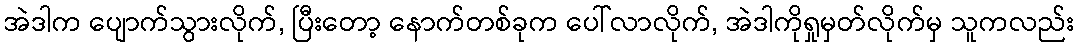
အဲဒါက ပျောက်သွားလိုက်, ပြီးတော့ နောက်တစ်ခုက ပေါ်လာလိုက်, အဲဒါကိုရှုမှတ်လိုက်မှ သူကလည်း